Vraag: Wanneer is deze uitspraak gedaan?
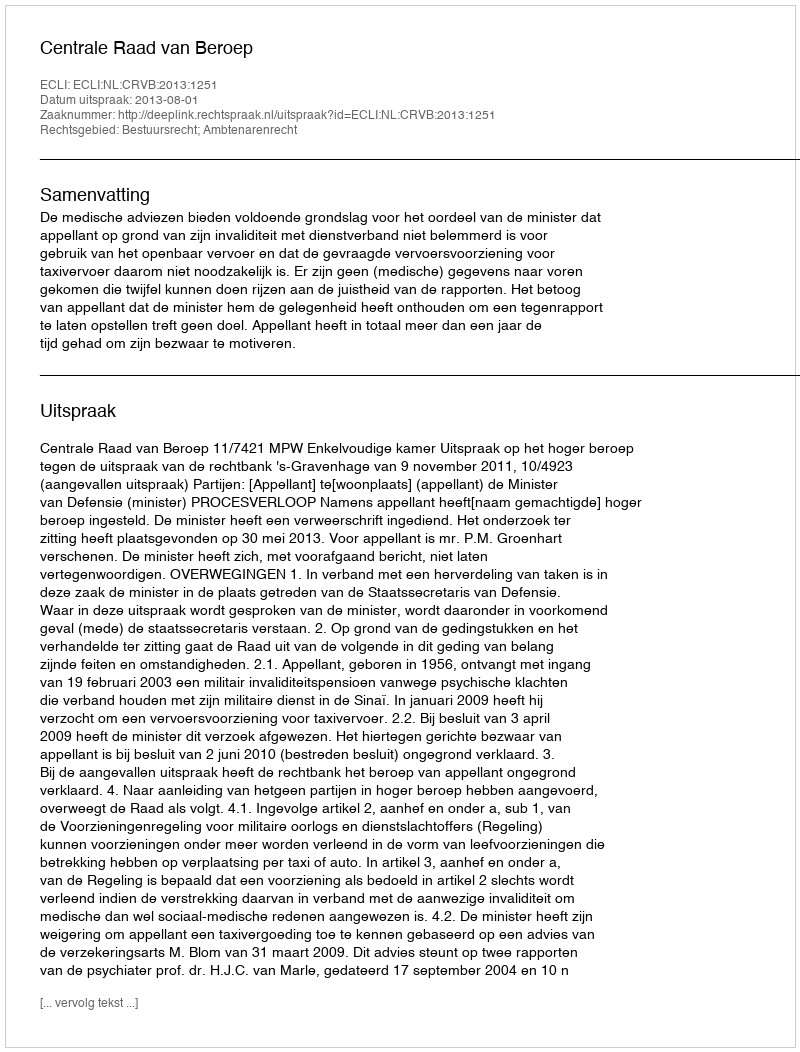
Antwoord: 2013-08-01